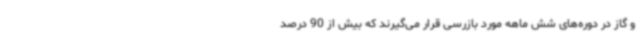
و گاز در دوره‌های شش ماهه مورد بازرسی قرار می‌گیرند که بیش از 90 درصد